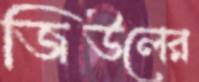
জিউলের